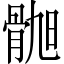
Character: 𫘲